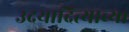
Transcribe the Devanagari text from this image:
उदयादित्याच्या